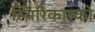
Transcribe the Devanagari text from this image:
स्थिरिकारको